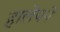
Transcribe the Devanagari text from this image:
हालेपने